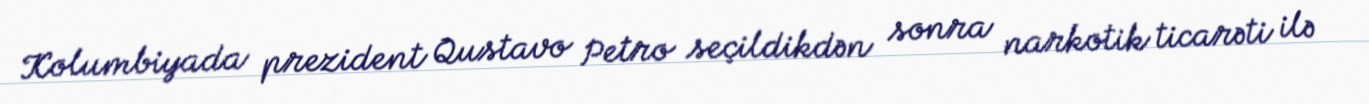
Kolumbiyada prezident Qustavo Petro seçildikdən sonra narkotik ticarəti ilə